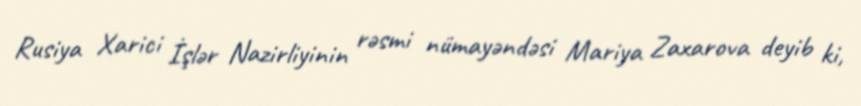
Rusiya Xarici İşlər Nazirliyinin rəsmi nümayəndəsi Mariya Zaxarova deyib ki,